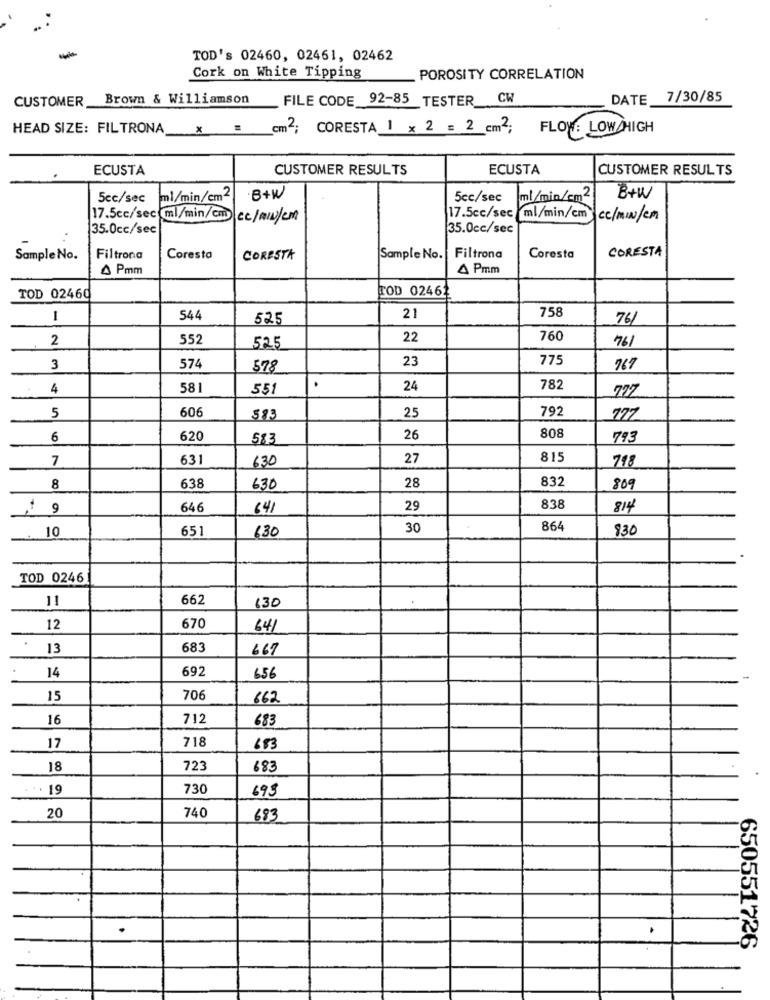
-
TOD's 02460, 02461, 02462
Cork on White Tipping
POROSITY CORRELATION
CUSTOMER Brown & Williamson
FILE CODE 92-85 TESTER CW
DATE
7/30/85
HEAD SIZE: FILTRONA
cm2; CORESTA 1 x 2 = 2 cm2; FLOW LOW/HIGH
ECUSTA
CUSTOMER RESULTS
ECUSTA
CUSTOMER RESULTS
5cc/sec ml/min/cm2
B+W
5cc/sec
ml/min/cm2
B+W
ml/min/cm
17.5cc/sec ml/min/cm |cc/m/w/cm
17.5cc/sec
cc/MIN/Cm
35.0cc/sec
35.0cc/sec
CORESTA
Sample No.
Filtrona
Coresto
CORESTA
Sample No.
Filtrona
Coresta
A Pmm
A Pmm
TOD 02462
TOD 02460
21
1
544
525
758
76
2
552
22
760
761
525
23
775
3
574
578
767
4
581
551
24
782
777
5
606
792
583
25
6
620
583
26
808
793
7
631
630
27
815
798
28
832
8
638
630
809
9
646
641
29
838
814
10
65
30
864
830
630
TOD 0246
662
130
11
12
670
641
13
683
667
14
692
656
15
706
662
16
712
683
17
718
653
18
723
683
19
730
693
20
740
683
650551726